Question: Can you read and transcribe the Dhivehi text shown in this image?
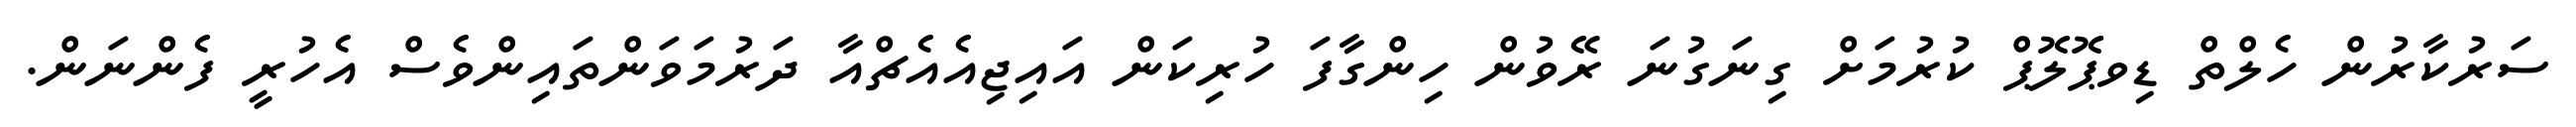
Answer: ސަރުކާރުން ހެލްތް ޑިވޕޮލޮޕް ކުރުމަށް ގިނަގުނަ ރޭވުން ހިންގާފަ ހުރިކަން އައިޖިއެއެޗްއާ ދަރުމަވަންތައިންވެސް އެހުރީ ފެންނަން.